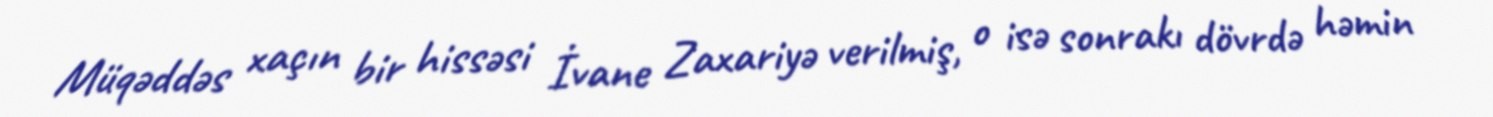
Müqəddəs xaçın bir hissəsi İvane Zaxariyə verilmiş, o isə sonrakı dövrdə həmin